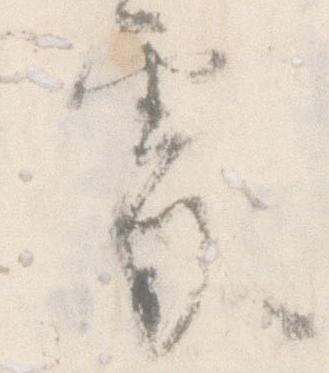
処